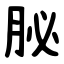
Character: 䏟